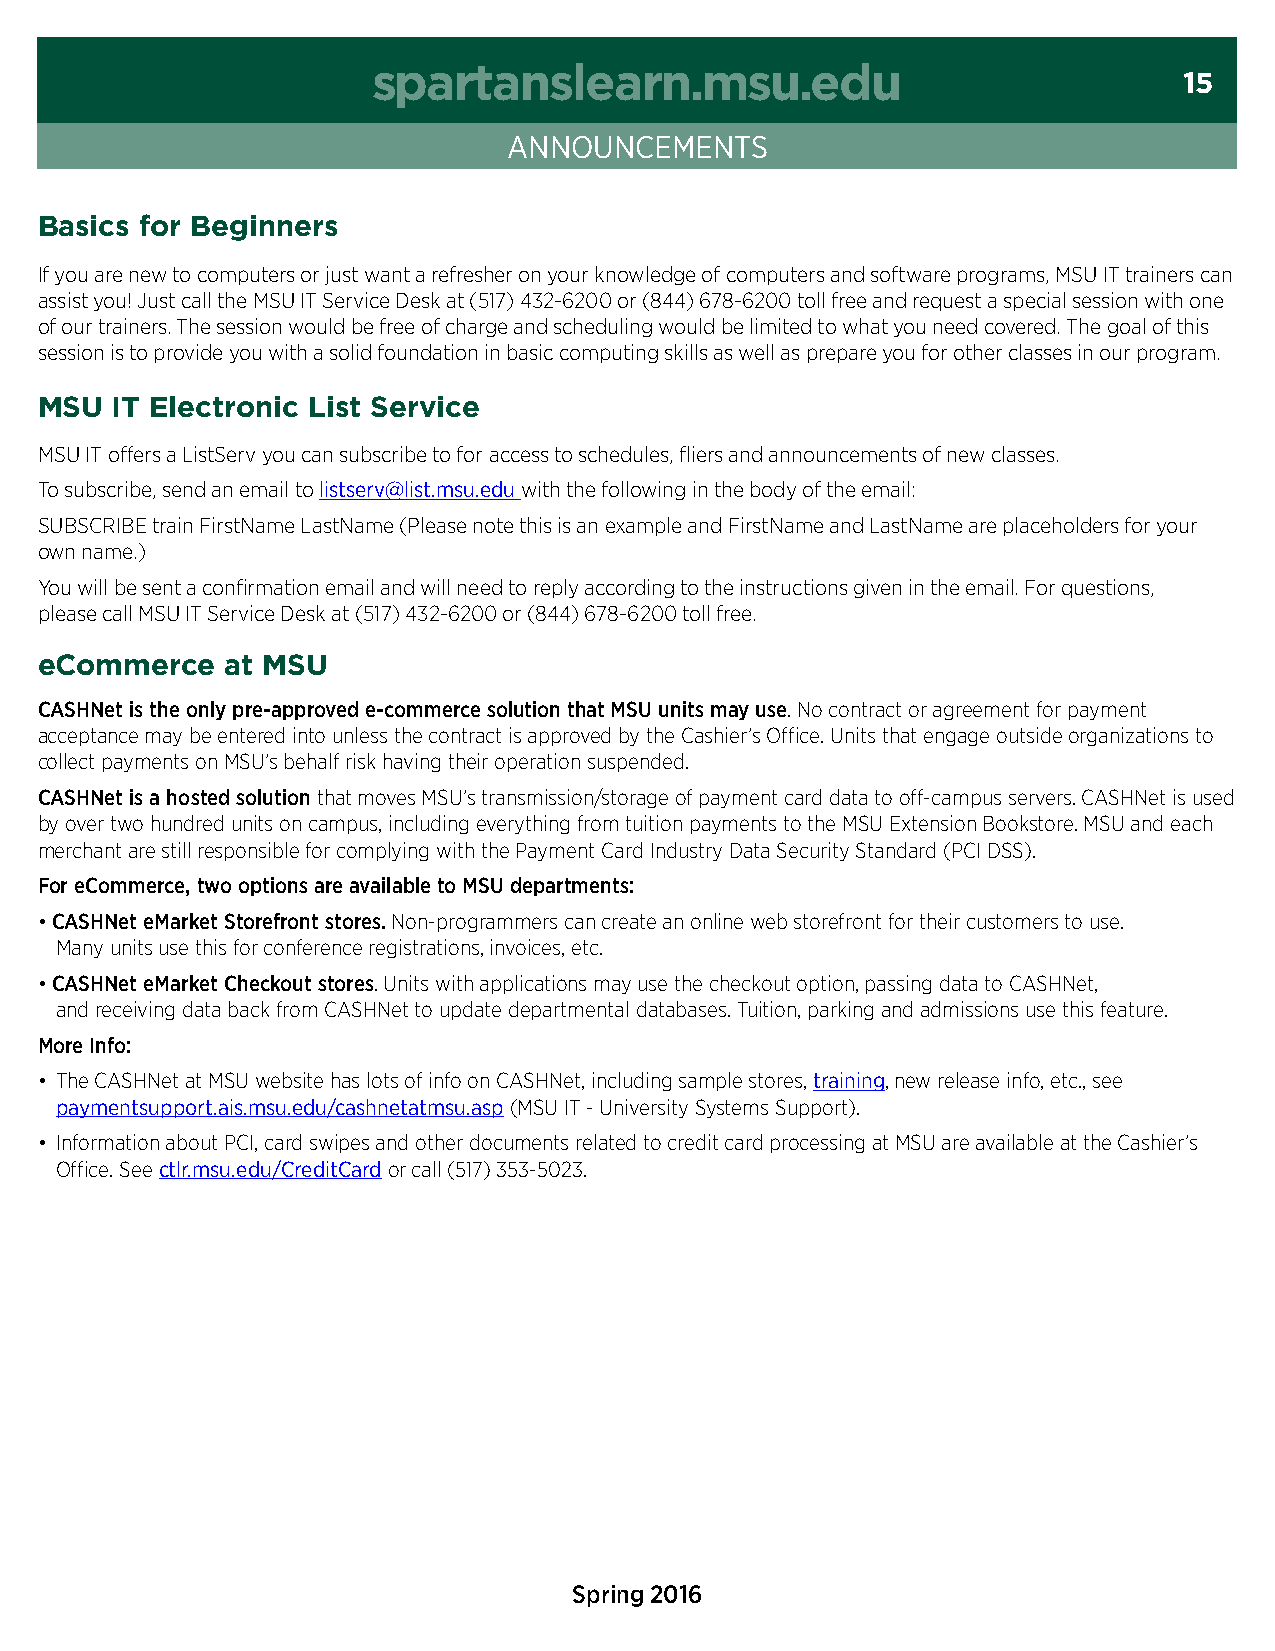
spartanslearn.msu.edu
 15
 Announcements
 Basics for Beginners
 If you are new to computers or just want a refresher on your knowledge of computers and software programs, MSU IT trainers can
 assist you! Just call the MSU IT Service Desk at (517) 432-6200 or (844) 678-6200 toll free and request a special session with one
 of our trainers. The session would be free of charge and scheduling would be limited to what you need covered. The goal of this
 session is to provide you with a solid foundation in basic computing skills as well as prepare you for other classes in our program.
 MSU  IT Electronic List Service
 MSU IT offers a ListServ you can subscribe to for access to schedules, fliers and announcements of new classes.
 To subscribe, send an email to listserv@list.msu.edu with the following in the body of the email:
 SUBSCRIBE train FirstName LastName (Please note this is an example and FirstName and LastName are placeholders for your
 own name.)
 You will be sent a confirmation email and will need to reply according to the instructions given in the email. For questions,
 please call MSU IT Service Desk at (517) 432-6200 or (844) 678-6200 toll free.
 eCommerce    at MSU
 CASHNet is the only pre-approved e-commerce solution that MSU units may use. No contract or agreement for payment
 acceptance may be entered into unless the contract is approved by the Cashier’s Office. Units that engage outside organizations to
 collect payments on MSU’s behalf risk having their operation suspended.
 CASHNet is a hosted solution that moves MSU’s transmission/storage of payment card data to off-campus servers. CASHNet is used
 by over two hundred units on campus, including everything from tuition payments to the MSU Extension Bookstore. MSU and each
 merchant are still responsible for complying with the Payment Card Industry Data Security Standard (PCI DSS).
 for eCommerce, two options are available to MSU departments:
 • CASHNet eMarket Storefront stores. Non-programmers can create an online web storefront for their customers to use.
 Many units use this for conference registrations, invoices, etc.
 • CASHNet eMarket Checkout stores. Units with applications may use the checkout option, passing data to CASHNet,
 and receiving data back from CASHNet to update departmental databases. Tuition, parking and admissions use this feature.
 More Info:
 • The CASHNet at MSU website has lots of info on CASHNet, including sample stores, training, new release info, etc., see
 paymentsupport.ais.msu.edu/cashnetatmsu.asp (MSU IT - University Systems Support).
 • Information about PCI, card swipes and other documents related to credit card processing at MSU are available at the Cashier’s
 Office. See ctlr.msu.edu/creditcard or call (517) 353-5023.
 Spring 2016